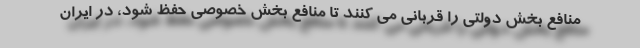
منافع بخش دولتی را قربانی می کنند تا منافع بخش خصوصی حفظ شود، در ایران